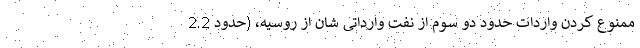
ممنوع کردن واردات حدود دو سوم از نفت وارداتی شان از روسیه، (حدود 2.2